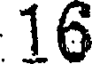
16